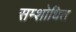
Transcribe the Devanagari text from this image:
सम्शोधित